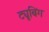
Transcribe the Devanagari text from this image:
ट्यूबिंग